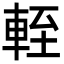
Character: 輊